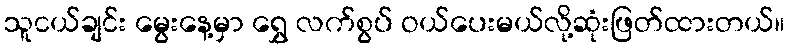
သူငယ်ချင်း မွေးနေ့မှာ ရွှေ လက်စွပ် ဝယ်ပေးမယ်လို့ဆုံးဖြတ်ထားတယ်။